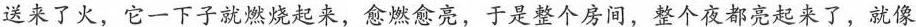
送来了火，它一下子就燃烧起来，愈燃愈亮，于是整个房间，整个夜都亮起来了，就像